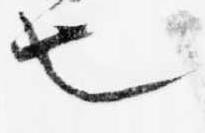
也